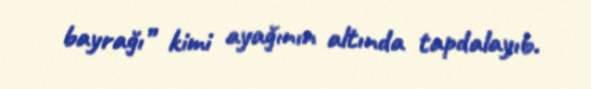
bayrağı” kimi ayağının altında tapdalayıb.